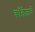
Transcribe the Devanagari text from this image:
कॉलेजाचे